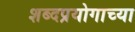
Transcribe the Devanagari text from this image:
शब्दप्रयोगाच्या